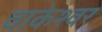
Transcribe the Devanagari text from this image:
वाकेश्वर